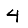
Digit: 4